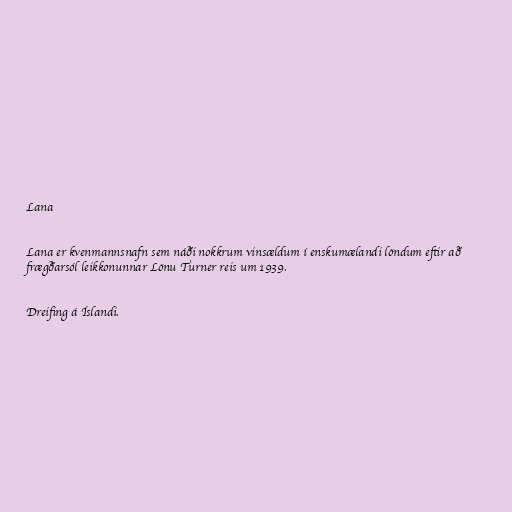
Lana

Lana er kvenmannsnafn sem náði nokkrum vinsældum í enskumælandi löndum eftir að
frægðarsól leikkonunnar Lönu Turner reis um 1939.

Dreifing á Íslandi.